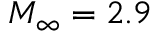
M _ { \infty } = 2 . 9